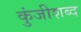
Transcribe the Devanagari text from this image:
कुंजीशब्द